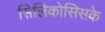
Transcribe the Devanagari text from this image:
सिलिकोसिसके